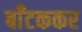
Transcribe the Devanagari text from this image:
बाँटककर